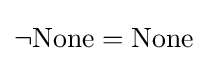
\lnot {\text{None}}={\text{None}}